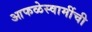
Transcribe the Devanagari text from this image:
आफळेस्वामींची